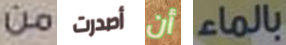
من أصدرت أن بالماء